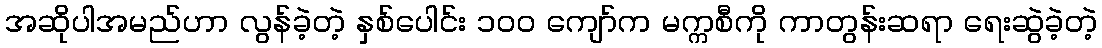
အဆိုပါအမည်ဟာ လွန်ခဲ့တဲ့ နှစ်ပေါင်း ၁၀၀ ကျော်က မက္ကစီကို ကာတွန်းဆရာ ရေးဆွဲခဲ့တဲ့